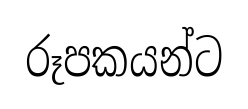
රූපකයන්ට